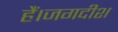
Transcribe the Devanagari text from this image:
हैं।जगदीश